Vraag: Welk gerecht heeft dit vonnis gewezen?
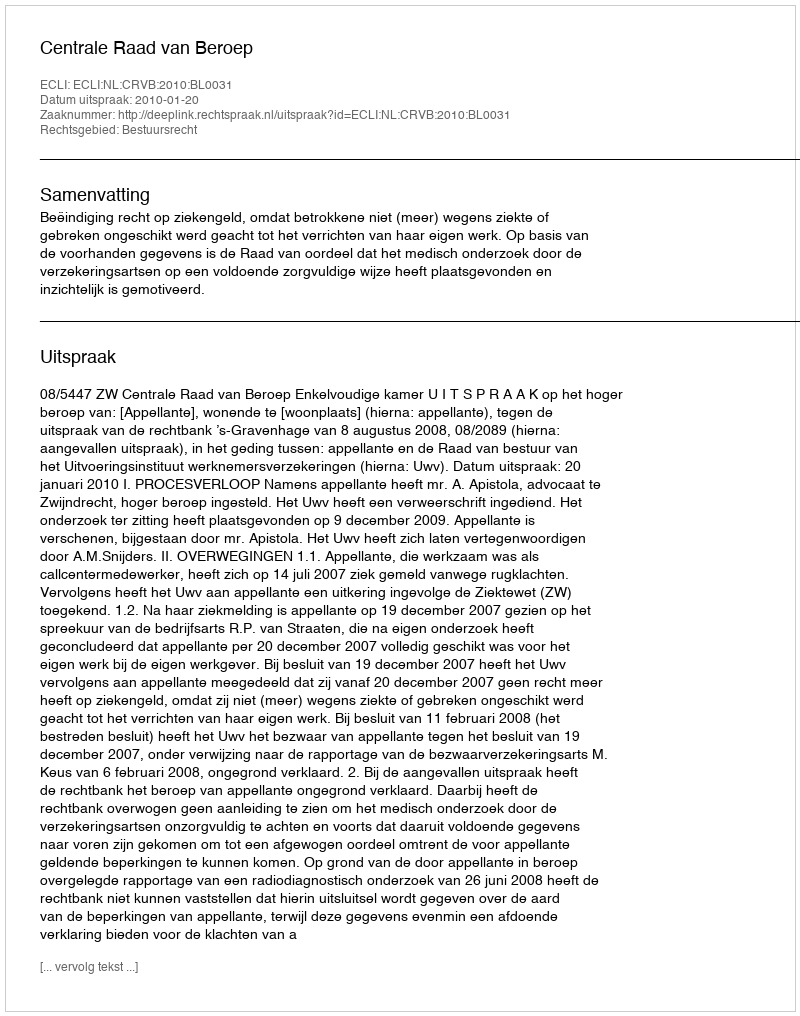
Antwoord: Centrale Raad van Beroep